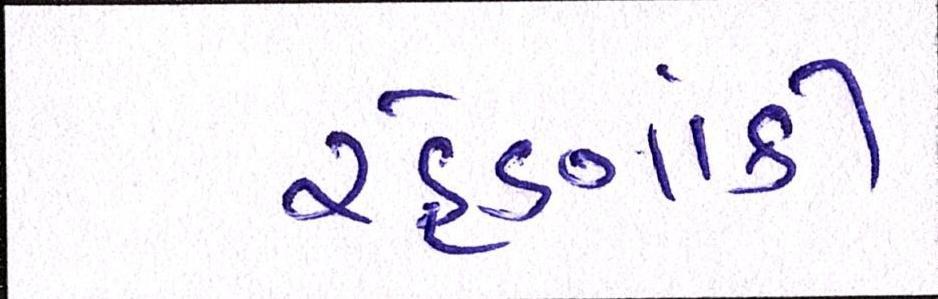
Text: રહેણાંકી